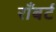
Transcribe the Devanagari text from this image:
राँबर्ट